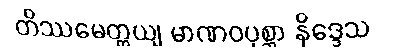
တိဿမေတ္တယျ မာဏဝပုစ္ဆာ နိဒ္ဒေသ